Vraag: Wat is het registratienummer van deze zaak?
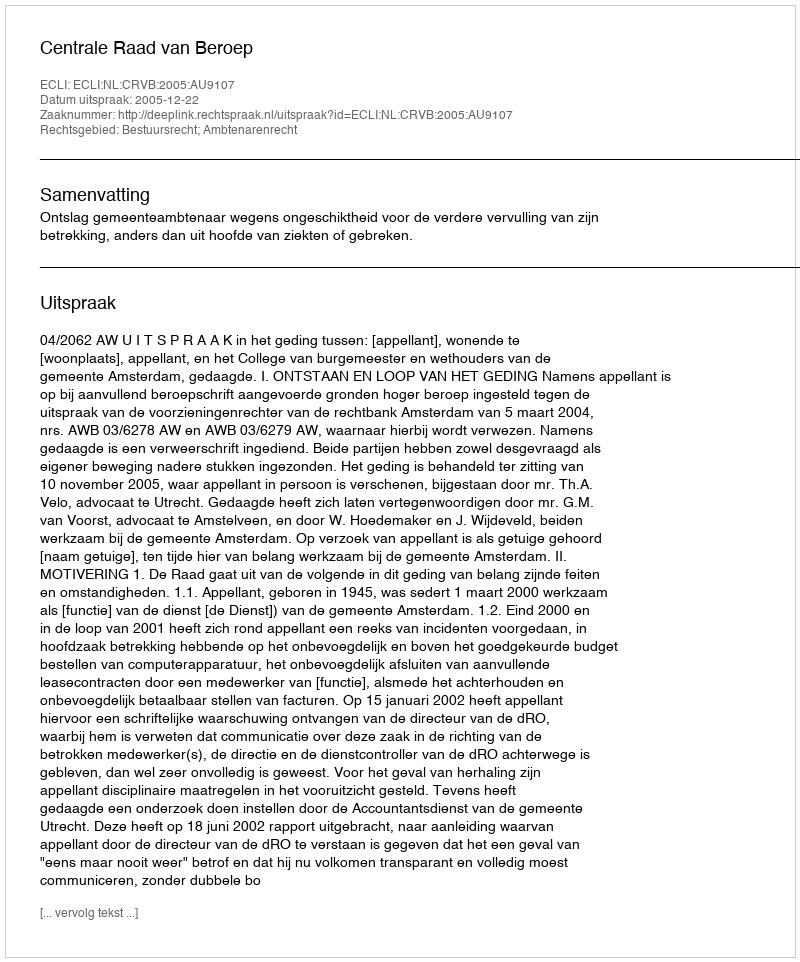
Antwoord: http://deeplink.rechtspraak.nl/uitspraak?id=ECLI:NL:CRVB:2005:AU9107